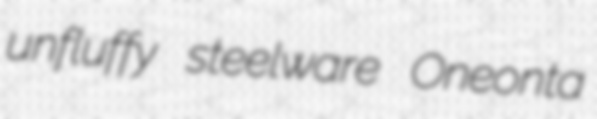
unfluffy steelware Oneonta